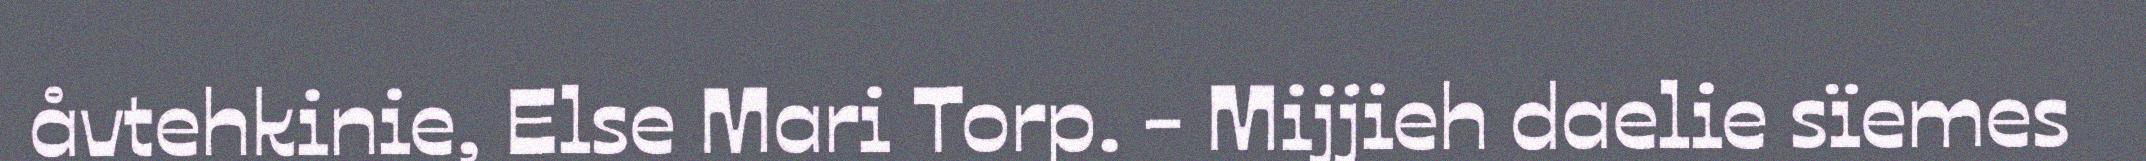
åvtehkinie, Else Mari Torp. - Mijjieh daelie sïemes